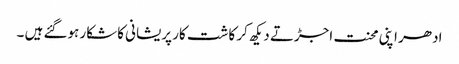
ادھر اپنی محنت اجڑتے دیکھ کر کاشت کار پریشانی کاشکار ہوگئے ہیں ۔